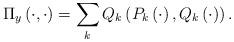
LaTeX: \begin{align*}\Pi_y\left( \cdot , \cdot \right)= \sum_k Q_k \left( P_k \left( \cdot \right) , Q_k \left( \cdot \right) \right).\end{align*}